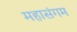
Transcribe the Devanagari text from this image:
महासंगम